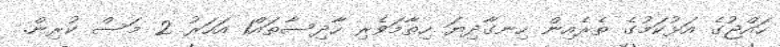
ހައްޖުގެ އަޅުކަމުގެ ތެރެއިން ހިނގާދިޔަ ހިތާމަވެރި ހާދިސާތައް1 އަހަރު 2 މަސް ކުރިން.